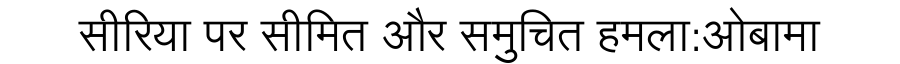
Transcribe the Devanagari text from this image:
सीरिया पर सीमित और समुचित हमला:ओबामा